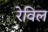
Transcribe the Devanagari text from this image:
रेविल